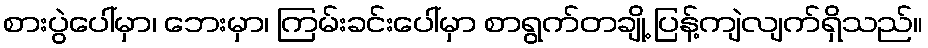
စားပွဲပေါ်မှာ၊ ဘေးမှာ၊ ကြမ်းခင်းပေါ်မှာ စာရွက်တချို့ ပြန့်ကျဲလျက်ရှိသည်။